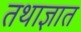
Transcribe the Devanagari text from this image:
तथाज्ञात